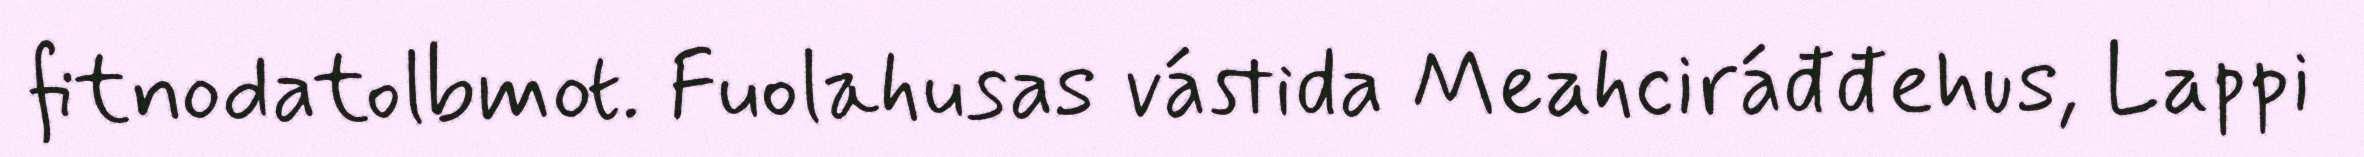
fitnodatolbmot. Fuolahusas vástida Meahciráđđehus, Lappi